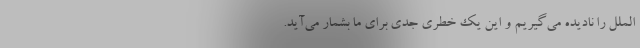
‌الملل را نادیده می‌گیریم و این ‌یک خطری جدی برای ما بشمار می‌آید.